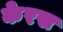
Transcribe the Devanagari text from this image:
केरस